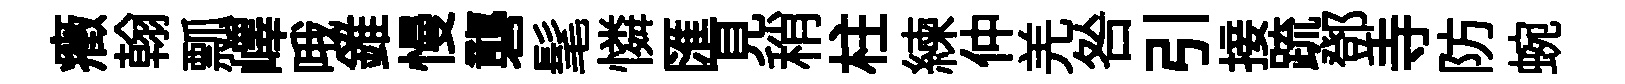
癥翰瓢嶧哦錐慢礱髦憐匯見稍柱練仲羌咎引接䟽鄧寺防蜿